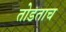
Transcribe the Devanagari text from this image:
तोडताच